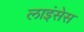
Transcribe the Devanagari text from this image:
लाइंसेस